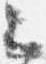
云